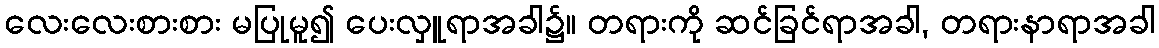
လေးလေးစားစား မပြုမူ၍ ပေးလှူရာအခါ၌။ တရားကို ဆင်ခြင်ရာအခါ, တရားနာရာအခါ